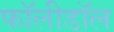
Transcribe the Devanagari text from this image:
फॉलीडॉल